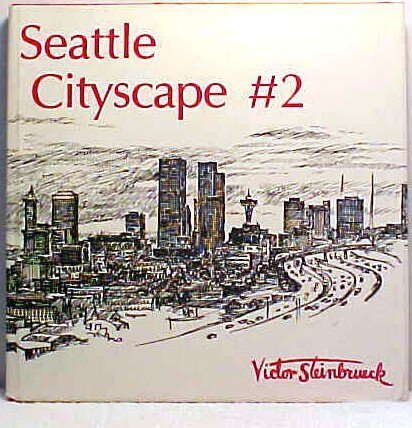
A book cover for Seattle cityscape #2; Victor Steinbrueck; Travel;